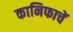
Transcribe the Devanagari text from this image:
कानिफाचें